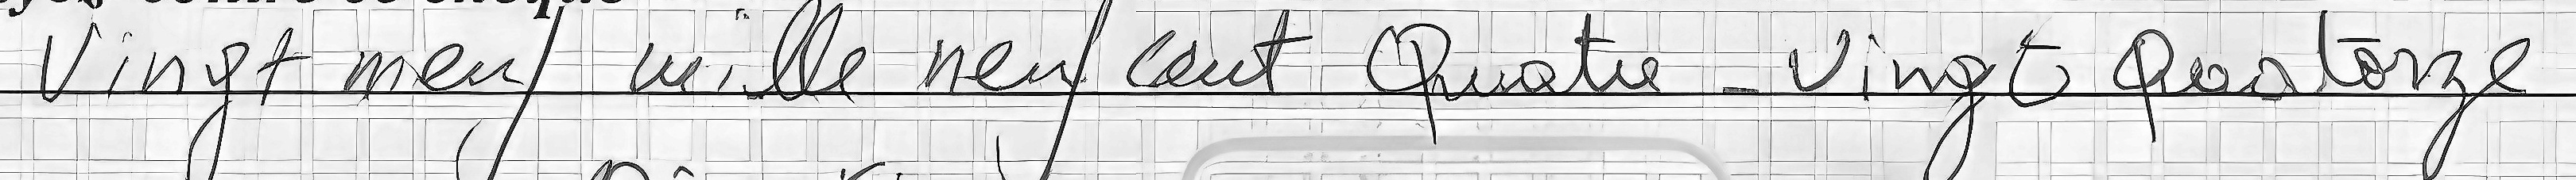
Vingt neuf mille neuf cent Quatre-Vingt Quatorze